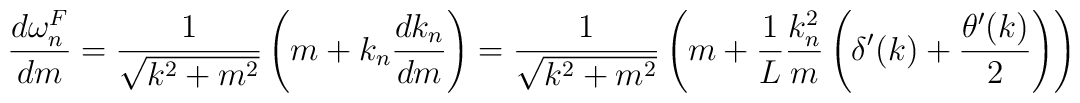
{d\omega^F_n\over dm} = {1\over\sqrt{k^2+m^2}}\left(m + k_n {dk_n\over dm}\right) = {1\over\sqrt{k^2+m^2}}\left(m + {1\over L}{k_n^2\over m}\left(\delta^\prime(k)+{\theta^\prime(k)\over2}\right)\right)